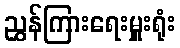
ညွှန်ကြားရေးမှူးရုံး